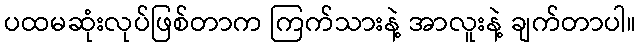
ပထမဆုံးလုပ်ဖြစ်တာက ကြက်သားနဲ့ အာလူးနဲ့ ချက်တာပါ။